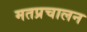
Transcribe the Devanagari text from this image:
मतप्रचालन